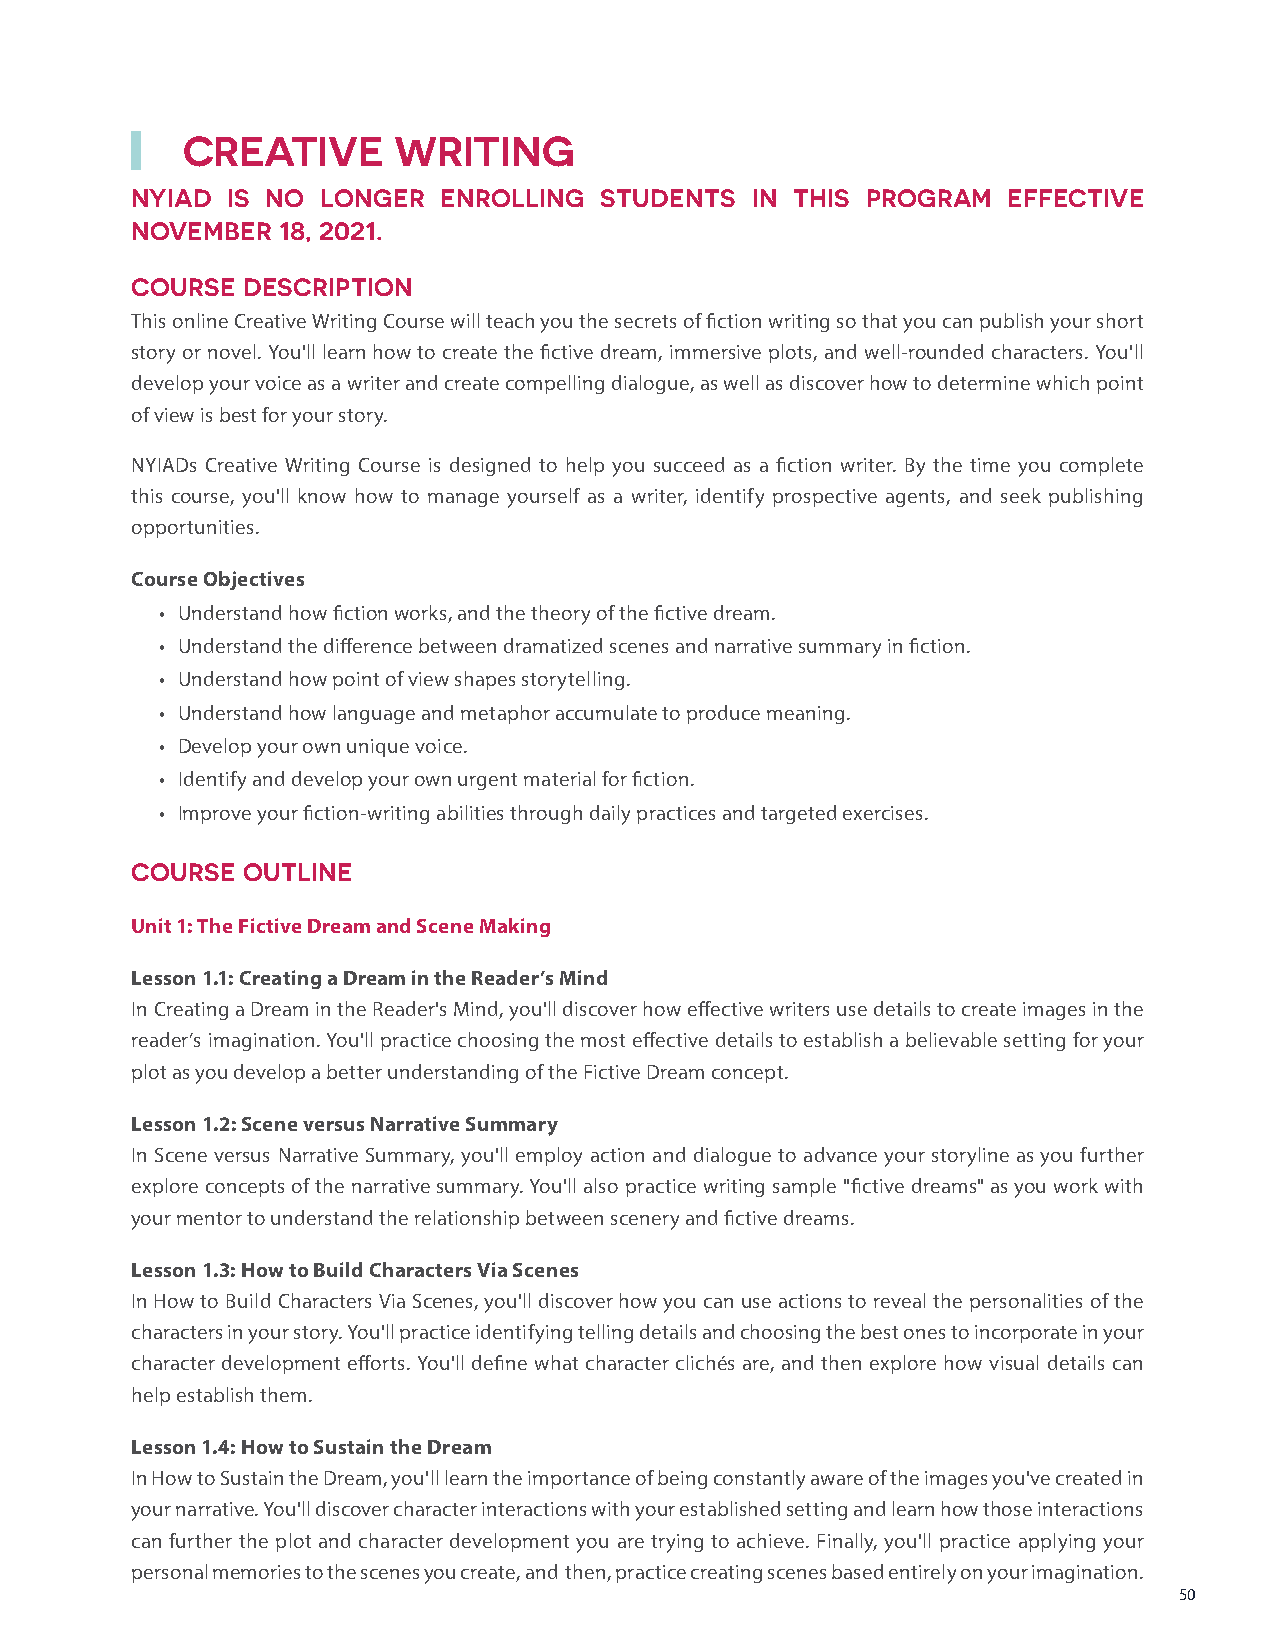
CREATIVE      WRITING
 NYIAD IS NO LONGER  ENROLLING  STUDENTS  IN THIS PROGRAM  EFFECTIVE
 NOVEMBER 18, 2021.
 COURSE DESCRIPTION
 This online Creative Writing Course will teach you the secrets of fiction writing so that you can publish your short
 story or novel. You'll learn how to create the fictive dream, immersive plots, and well-rounded characters. You'll
 develop your voice as a writer and create compelling dialogue, as well as discover how to determine which point
 of view is best for your story.
 NYIADs Creative Writing Course is designed to help you succeed as a fiction writer. By the time you complete
 this course, you'll know how to manage yourself as a writer, identify prospective agents, and seek publishing
 opportunities.
 Course Objectives
 • Understand how fiction works, and the theory of the fictive dream.
 • Understand the difference between dramatized scenes and narrative summary in fiction.
 • Understand how point of view shapes storytelling.
 • Understand how language and metaphor accumulate to produce meaning.
 • Develop your own unique voice.
 • Identify and develop your own urgent material for fiction.
 • Improve your fiction-writing abilities through daily practices and targeted exercises.
 COURSE OUTLINE
 Unit 1: The Fictive Dream and Scene Making
 Lesson 1.1: Creating a Dream in the Reader’s Mind
 In Creating a Dream in the Reader's Mind, you'll discover how effective writers use details to create images in the
 reader’s imagination. You'll practice choosing the most effective details to establish a believable setting for your
 plot as you develop a better understanding of the Fictive Dream concept.
 Lesson 1.2: Scene versus Narrative Summary
 In Scene versus Narrative Summary, you'll employ action and dialogue to advance your storyline as you further
 explore concepts of the narrative summary. You'll also practice writing sample "fictive dreams" as you work with
 your mentor to understand the relationship between scenery and fictive dreams.
 Lesson 1.3: How to Build Characters Via Scenes
 In How to Build Characters Via Scenes, you'll discover how you can use actions to reveal the personalities of the
 characters in your story. You'll practice identifying telling details and choosing the best ones to incorporate in your
 character development efforts. You'll define what character clichés are, and then explore how visual details can
 help establish them.
 Lesson 1.4: How to Sustain the Dream
 In How to Sustain the Dream, you'll learn the importance of being constantly aware of the images you've created in
 your narrative. You'll discover character interactions with your established setting and learn how those interactions
 can further the plot and character development you are trying to achieve. Finally, you'll practice applying your
 personal memories to the scenes you create, and then, practice creating scenes based entirely on your imagination.
 50